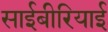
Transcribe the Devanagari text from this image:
साईबीरियाई